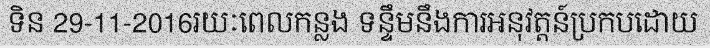
ទិន 29-11-2016រយៈពេលកន្លង ទន្ទឹមនឹងការអនុវត្តន៍ប្រកបដោយ